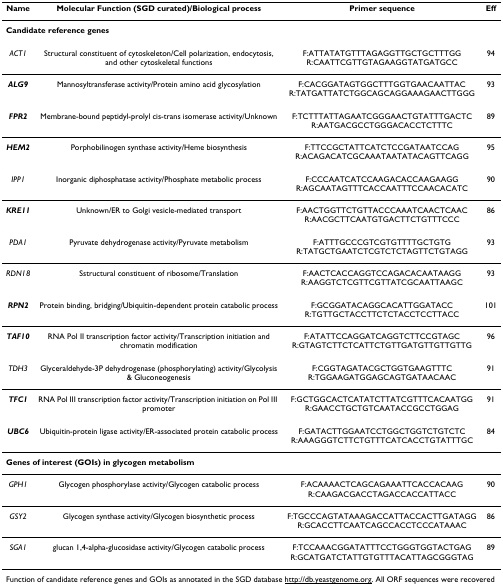
<table><thead><tr><td><b>Name</b></td><td><b>Molecular Function (SGD curated)/Biological process</b></td><td><b>Primer sequence</b></td><td><b>Eff</b></td></tr></thead><tbody><tr><td colspan="4"><b>Candidate reference genes</b></td></tr><tr><td><i>ACT1</i></td><td>Structural constituent of cytoskeleton/Cell polarization, endocytosis, and other cytoskeletal functions</td><td>F:ATTATATGTTTAGAGGTTGCTGCTTTGGR:CAATTCGTTGTAGAAGGTATGATGCC</td><td>94</td></tr><tr><td><b><i>ALG9</i></b></td><td>Mannosyltransferase activity/Protein amino acid glycosylation</td><td>F:CACGGATAGTGGCTTTGGTGAACAATTACR:TATGATTATCTGGCAGCAGGAAAGAACTTGGG</td><td>93</td></tr><tr><td><b><i>FPR2</i></b></td><td>Membrane-bound peptidyl-prolyl cis-trans isomerase activity/Unknown</td><td>F:TCTTTATTAGAATCGGGAACTGTATTTGACTCR:AATGACGCCTGGGACACCTCTTTC</td><td>89</td></tr><tr><td><b><i>HEM2</i></b></td><td>Porphobilinogen synthase activity/Heme biosynthesis</td><td>F:TTCCGCTATTCATCTCCGATAATCCAGR:ACAGACATCGCAAATAATATACAGTTCAGG</td><td>95</td></tr><tr><td><i>IPP1</i></td><td>Inorganic diphosphatase activity/Phosphate metabolic process</td><td>F:CCCAATCATCCAAGACACCAAGAAGGR:AGCAATAGTTTCACCAATTTCCAACACATC</td><td>90</td></tr><tr><td><b><i>KRE11</i></b></td><td>Unknown/ER to Golgi vesicle-mediated transport</td><td>F:AACTGGTTCTGTTACCCAAATCAACTCAACR:AACGCTTCAATGTGACTTCTGTTTCCC</td><td>86</td></tr><tr><td><i>PDA1</i></td><td>Pyruvate dehydrogenase activity/Pyruvate metabolism</td><td>F:ATTTGCCCGTCGTGTTTTGCTGTGR:TATGCTGAATCTCGTCTCTAGTTCTGTAGG</td><td>93</td></tr><tr><td><i>RDN18</i></td><td>Sstructural constituent of ribosome/Translation</td><td>F:AACTCACCAGGTCCAGACACAATAAGGR:AAGGTCTCGTTCGTTATCGCAATTAAGC</td><td>93</td></tr><tr><td><b><i>RPN2</i></b></td><td>Protein binding, bridging/Ubiquitin-dependent protein catabolic process</td><td>F:GCGGATACAGGCACATTGGATACCR:TGTTGCTACCTTCTCTACCTCCTTACC</td><td>101</td></tr><tr><td><b><i>TAF10</i></b></td><td>RNA Pol II transcription factor activity/Transcription initiation and chromatin modification</td><td>F:ATATTCCAGGATCAGGTCTTCCGTAGCR:GTAGTCTTCTCATTCTGTTGATGTTGTTGTTG</td><td>96</td></tr><tr><td><i>TDH3</i></td><td>Glyceraldehyde-3P dehydrogenase (phosphorylating) activity/Glycolysis &amp; Gluconeogenesis</td><td>F:CGGTAGATACGCTGGTGAAGTTTCR:TGGAAGATGGAGCAGTGATAACAAC</td><td>91</td></tr><tr><td><b><i>TFC1</i></b></td><td>RNA Pol III transcription factor activity/Transcription initiation on Pol III promoter</td><td>F:GCTGGCACTCATATCTTATCGTTTCACAATGGR:GAACCTGCTGTCAATACCGCCTGGAG</td><td>91</td></tr><tr><td><b><i>UBC6</i></b></td><td>Ubiquitin-protein ligase activity/ER-associated protein catabolic process</td><td>F:GATACTTGGAATCCTGGCTGGTCTGTCTCR:AAAGGGTCTTCTGTTTCATCACCTGTATTTGC</td><td>84</td></tr><tr><td colspan="4"><b>Genes of interest (GOIs) in glycogen metabolism</b></td></tr><tr><td><i>GPH1</i></td><td>Glycogen phosphorylase activity/Glycogen catabolic process</td><td>F:ACAAAACTCAGCAGAAATTCACCACAAGR:CAAGACGACCTAGACCACCATTACC</td><td>90</td></tr><tr><td><i>GSY2</i></td><td>Glycogen synthase activity/Glycogen biosynthetic process</td><td>F:TGCCCAGTATAAAGACCATTACCACTTGATAGGR:GCACCTTCAATCAGCCACCTCCCATAAAC</td><td>86</td></tr><tr><td><i>SGA1</i></td><td>glucan 1,4-alpha-glucosidase activity/Glycogen catabolic process</td><td>F:TCCAAACGGATATTTCCTGGGTGGTACTGAGR:GCATGATCTATTGTGTTTACATTAGCGGGTAG</td><td>89</td></tr></tbody></table>